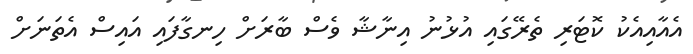
އެއާއިއެކު ކޮޓަރި ތެރޭގައި އުޅުނު އިނާޝާ ވެސް ބާރަށް ހިނގާފައި އައިސް އެތަނަށް